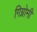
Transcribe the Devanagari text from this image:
गिग्नोमी